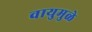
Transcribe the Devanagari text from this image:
वायुमुळे